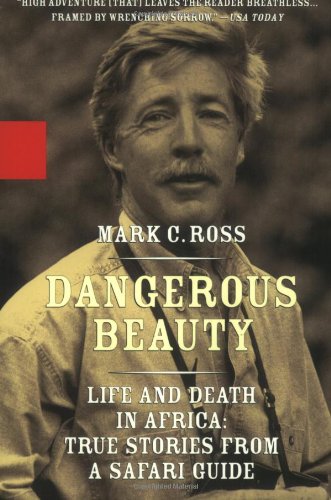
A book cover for Dangerous Beauty - Life and Death in Africa: Life and Death In Africa: True Stories From a Safari Guide; Mark C. Ross; Travel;